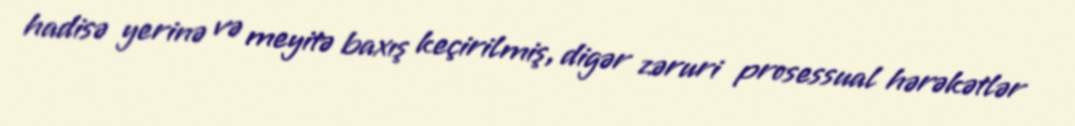
hadisə yerinə və meyitə baxış keçirilmiş, digər zəruri prosessual hərəkətlər